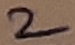
Text: 2